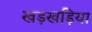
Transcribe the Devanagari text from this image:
खड़खड़िया